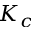
K _ { c }